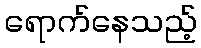
ရောက်နေသည့်